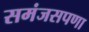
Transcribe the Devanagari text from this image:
समंजसपणा